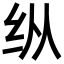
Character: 纵